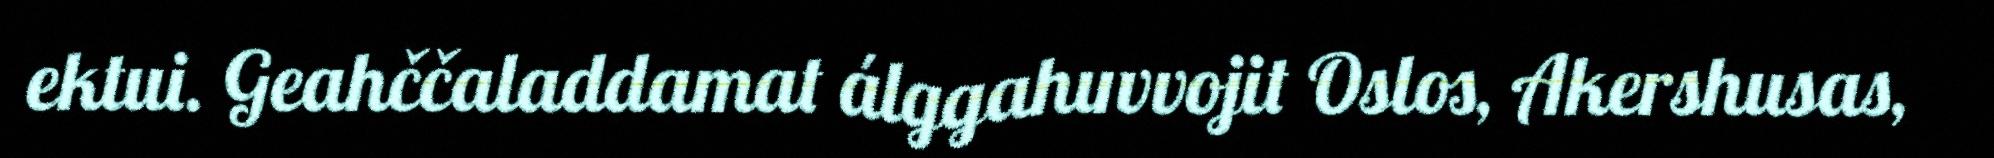
ektui. Geahččaladdamat álggahuvvojit Oslos, Akershusas,